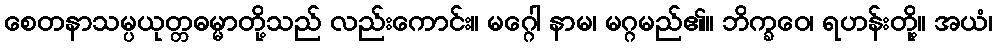
စေတနာသမ္ပယုတ္တဓမ္မာတို့သည် လည်းကောင်း။ မဂ္ဂေါ နာမ၊ မဂ္ဂမည်၏။ ဘိက္ခဝေ၊ ရဟန်းတို့။ အယံ၊